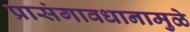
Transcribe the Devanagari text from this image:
प्रासंगावधानामुळे